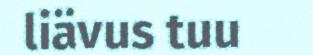
liävus tuu